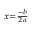
\scriptstyle x = { \frac { - b } { 2 a } }